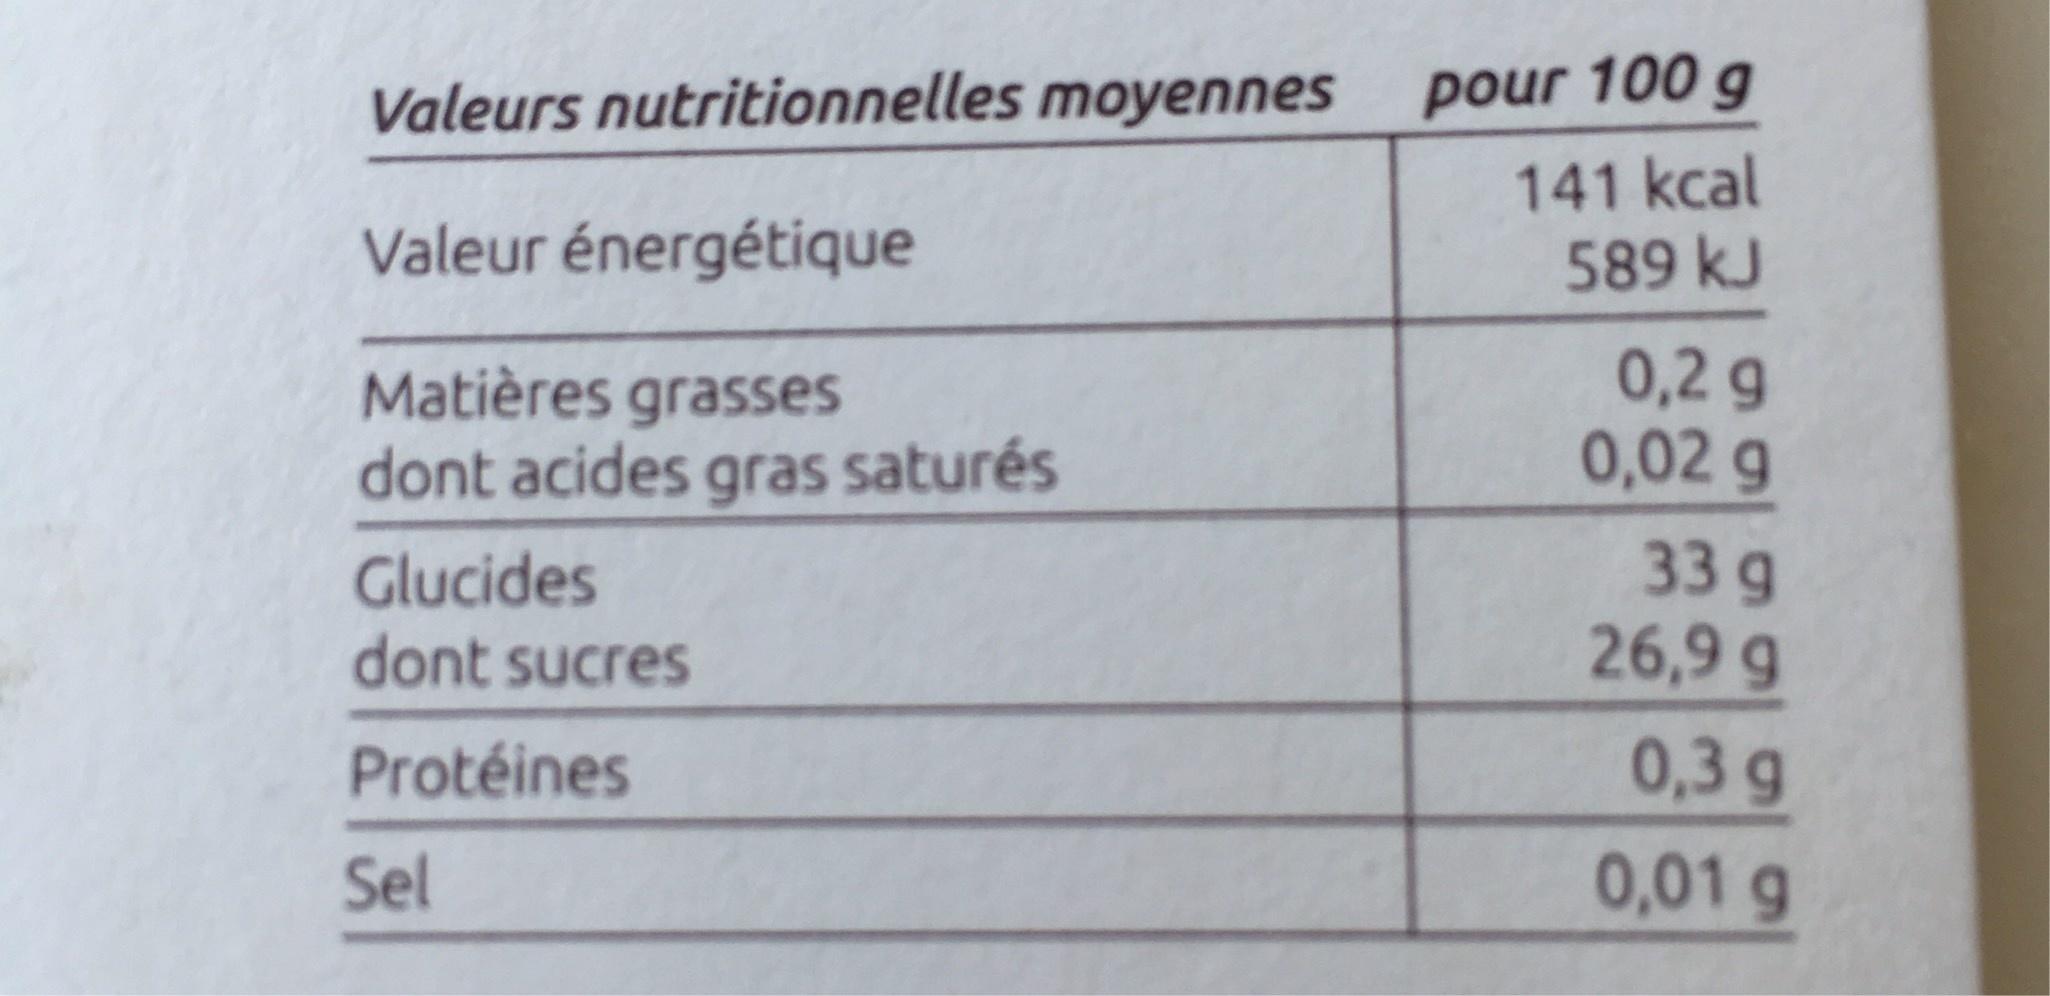
pour 100 g Valeurs nutritionnelles moyennes 141 kcal 589 kJ Valeur énergétique 0,2 g 0,02 g Matières grasses dont acides gras saturés 33 g 26,9 g Glucides dont sucres 0,3 g Protéines 0,01 g Sel